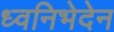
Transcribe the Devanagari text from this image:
ध्वनिभेदेन